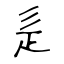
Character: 辵